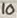
Text: 10